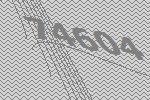
74604